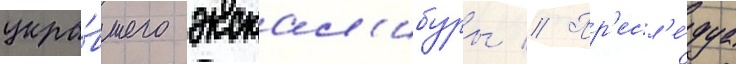
укра́вшего экскал'ибуры // Пр'есл'е́дуа